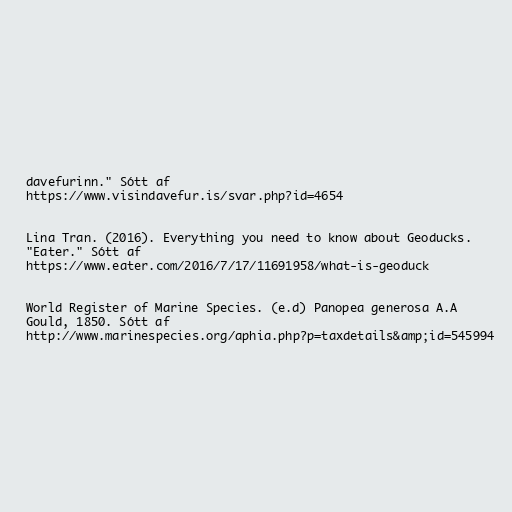
davefurinn." Sótt af
https://www.visindavefur.is/svar.php?id=4654

Lina Tran. (2016). Everything you need to know about Geoducks.
"Eater." Sótt af
https://www.eater.com/2016/7/17/11691958/what-is-geoduck

World Register of Marine Species. (e.d) Panopea generosa A.A
Gould, 1850. Sótt af
http://www.marinespecies.org/aphia.php?p=taxdetails&amp;id=545994